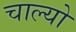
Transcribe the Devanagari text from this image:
चाल्‍यो